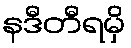
နဒီတီရမှိ